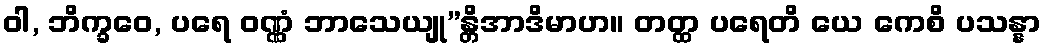
ဝါ, ဘိက္ခဝေ, ပရေ ဝဏ္ဏံ ဘာသေယျု”န္တိအာဒိမာဟ။ တတ္ထ ပရေတိ ယေ ကေစိ ပသန္နာ